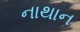
નાથાન